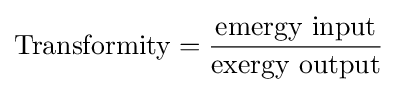
{\mbox{Transformity}}={\frac {\mbox{emergy input}}{\mbox{exergy output}}}